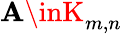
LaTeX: \mathbf{A}\inK_{m,n}